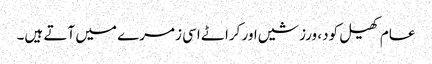
عام کھیل کود، ورزشیں اور کراٹے اسی زمرے میں آتے ہیں۔